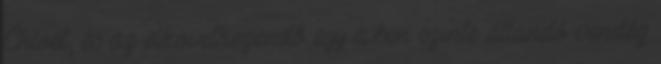
Chloét, és az elkövetkezendõ egy évben szinte állandó vendég